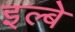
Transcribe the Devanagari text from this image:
इल्बे